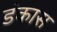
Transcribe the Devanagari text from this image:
डंकास